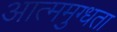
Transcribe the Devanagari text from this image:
आत्ममुग्धता